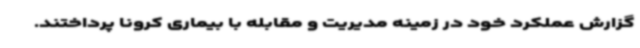
گزارش عملکرد خود در زمینه مدیریت و مقابله با بیماری کرونا پرداختند.